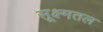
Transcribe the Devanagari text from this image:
सूक्ष्मतल